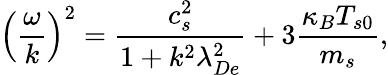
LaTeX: \left(\frac{\omega}{k}\right)^{2}=\frac{c_{s}^{2}}{1+k^{2}\lambda_{De}^{2}}+3\frac{\kappa_{B}T_{s0}}{m_{s}},